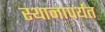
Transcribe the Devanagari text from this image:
स्थानापर्यंत